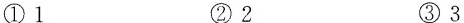
①1 ②2 ③3